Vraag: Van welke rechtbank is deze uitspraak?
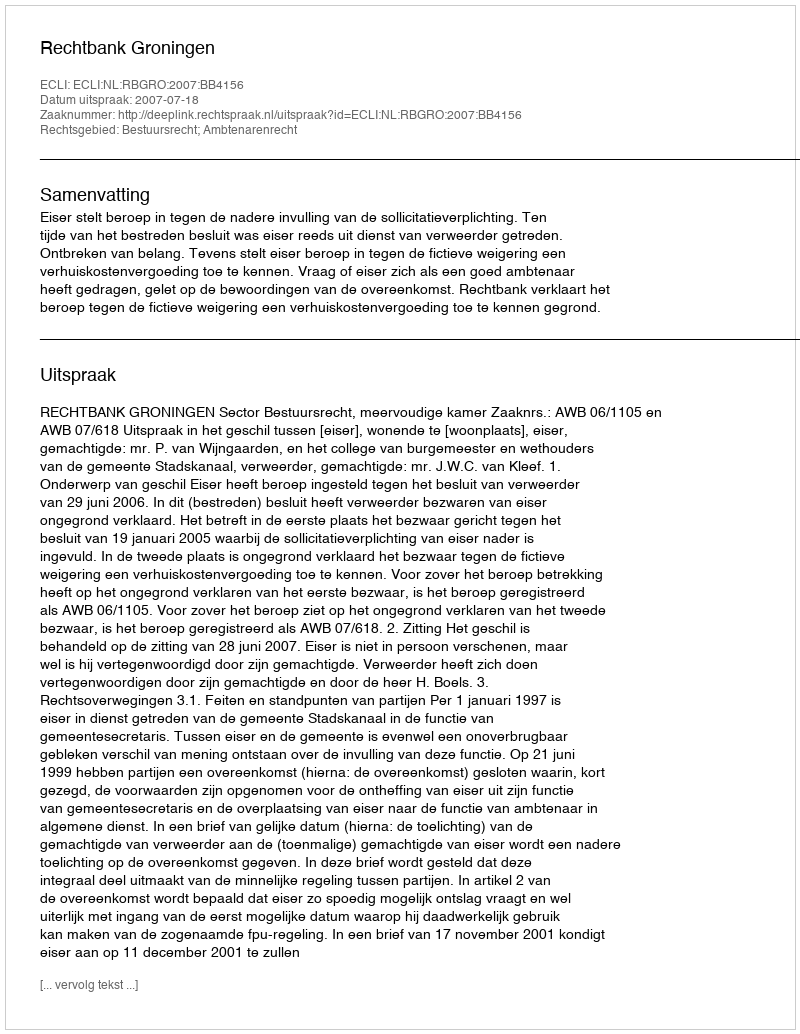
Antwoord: Rechtbank Groningen